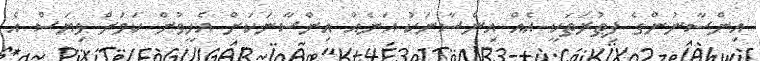
އިންސާނުންގެ ފިޠުރަތަކީ އެއް އިންސާނަކު އަނެއް އިންސާނަކަށް އެހީވުން ކަމަށް ވިޔަސް އެ